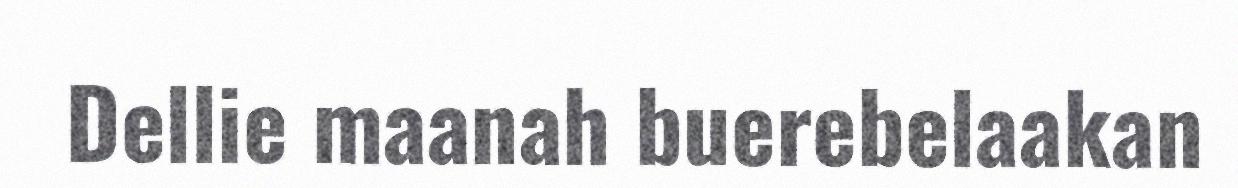
Dellie maanah buerebelaakan